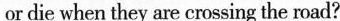
or die when they are crossing the road?